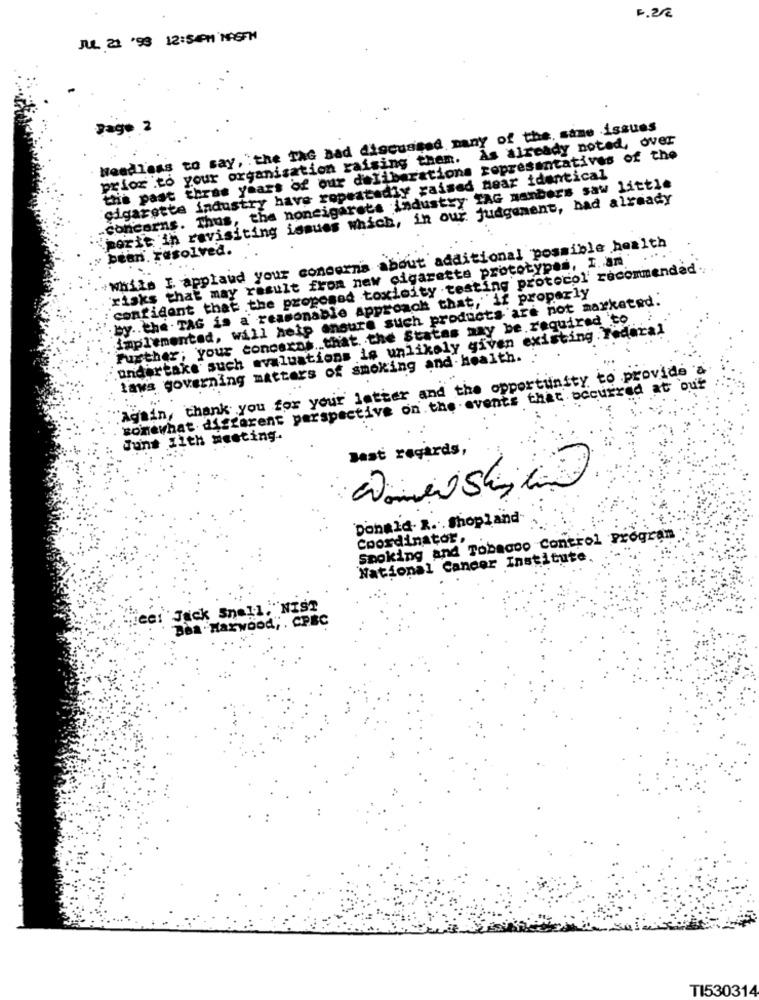
F.22
JUL 21 '93 12:54PM NASFM
Page 2
Needless to say, the TAG Bad discussed many of the. same issues
prior to your organization raising them. As already noted, over
the past three years of our deliberations representatives of the
cigarette industry have repeatedly raised near identical
concerns. Thus, the noncigarets industry TAG nambers saw little
perit in revisiting issues which, in our judgement, had already
White I applaud your concerns about additional possible health
bean. resolved.
'risks that may result from new cigarette prototypes, I. am"
confident that the proposed toxicity testing protocol' recommended ..
by .. the . TAG is a reasonable Approach that, if properly
implemented, will help ensure such products are not marketed."
Further; your concerns. that. the Statas may be. required .to
.undertake such evaluations is unlikely given existing . Federal
laws governing matters of smoking and health.
Again, thank you for your letter and the opportunity to provide a
somewhat different perspective on the events that occurred at out
Junt Ilth meeting.
Best regards,
Donald R. Shopland.
Coordinator,
Smoking and Tobacco Control Program
National Cancer Institute.
eci Jack Snell, "NIST
Des Harwood, . CPBC
TI530314